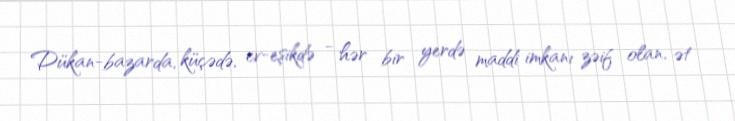
Dükan-bazarda, küçədə, ev-eşikdə - hər bir yerdə maddi imkanı zəif olan, ət